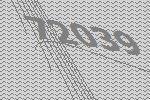
72039